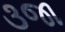
૩જા